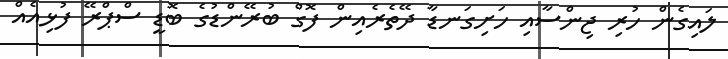
ލައިގެން ހުރި ޖިންސާއި ހަށިގަނޑާ ދޭތެރެއިން ފޮގް ބުރޭންޑުގެ ބޮޑީ ސްޕްރޭ ފުޅިއެއް